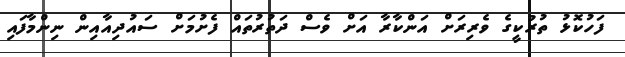
ފަހުކޮޅު ތުރުކީގެ ވެރިރަށް އަންކާރާ އަށް ވެސް ދަތުރުތައް ފެށުމަށް ސައުދިއާއިން ނިންމާފައި